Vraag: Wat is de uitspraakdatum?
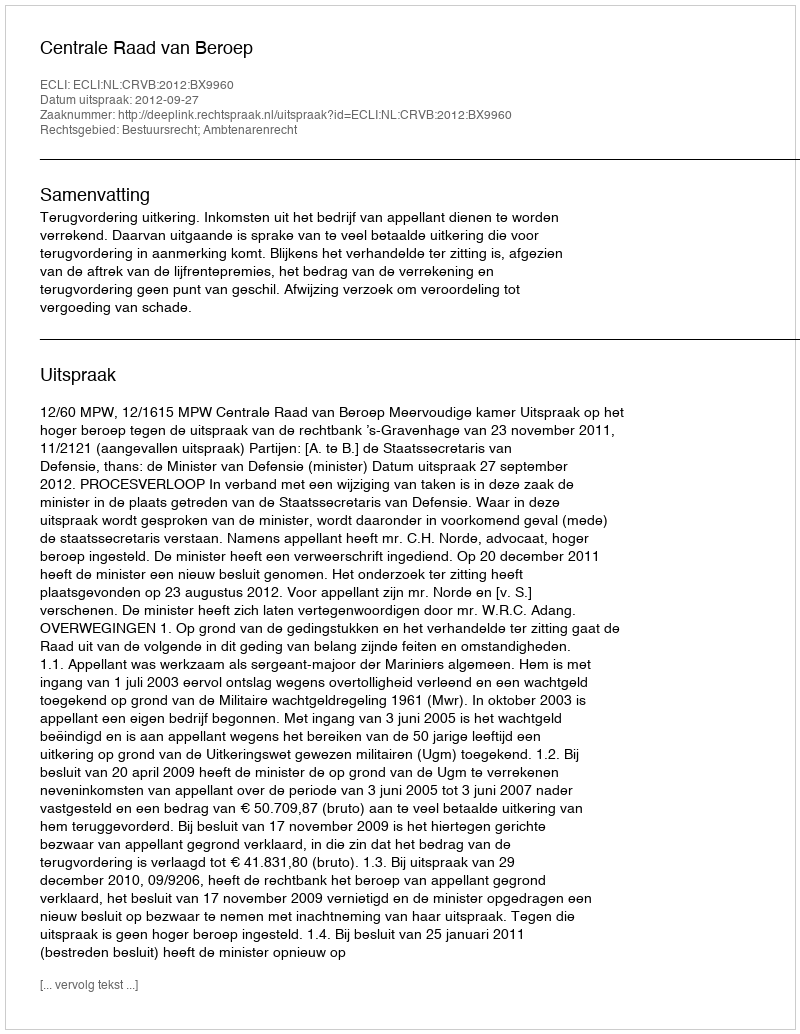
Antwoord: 2012-09-27